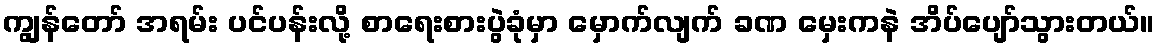
ကျွန်တော် အရမ်း ပင်ပန်းလို့ စာရေးစားပွဲခုံမှာ မှောက်လျက် ခဏ မှေးကနဲ အိပ်ပျော်သွားတယ်။